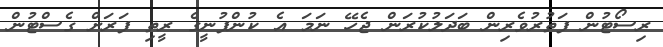
ރިސޯޓުން ފަތުރުވެރިން ބަދަލުކުރަން ޖެހޭ ނަމަ އެ ކުންފުނީގެ ރީތި ފަރަށް ގެސްޓުންް